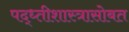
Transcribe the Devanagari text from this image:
पद्ध्तीशास्त्रासोबत